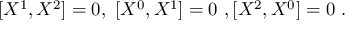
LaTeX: [ X ^ { 1 } , X ^ { 2 } ] = 0 , \ [ X ^ { 0 } , X ^ { 1 } ] = 0 \ , [ X ^ { 2 } , X ^ { 0 } ] = 0 \ .